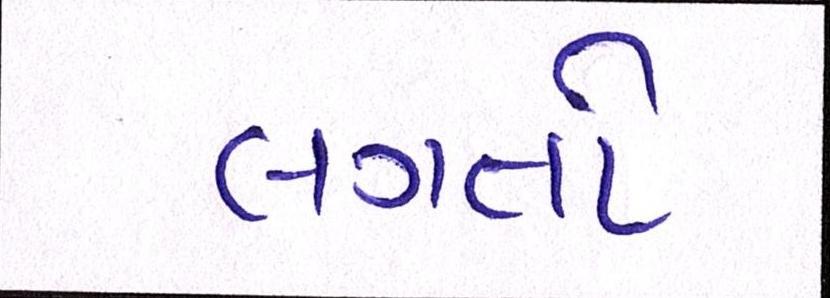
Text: લગતો